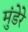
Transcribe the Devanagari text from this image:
मुंडेरे